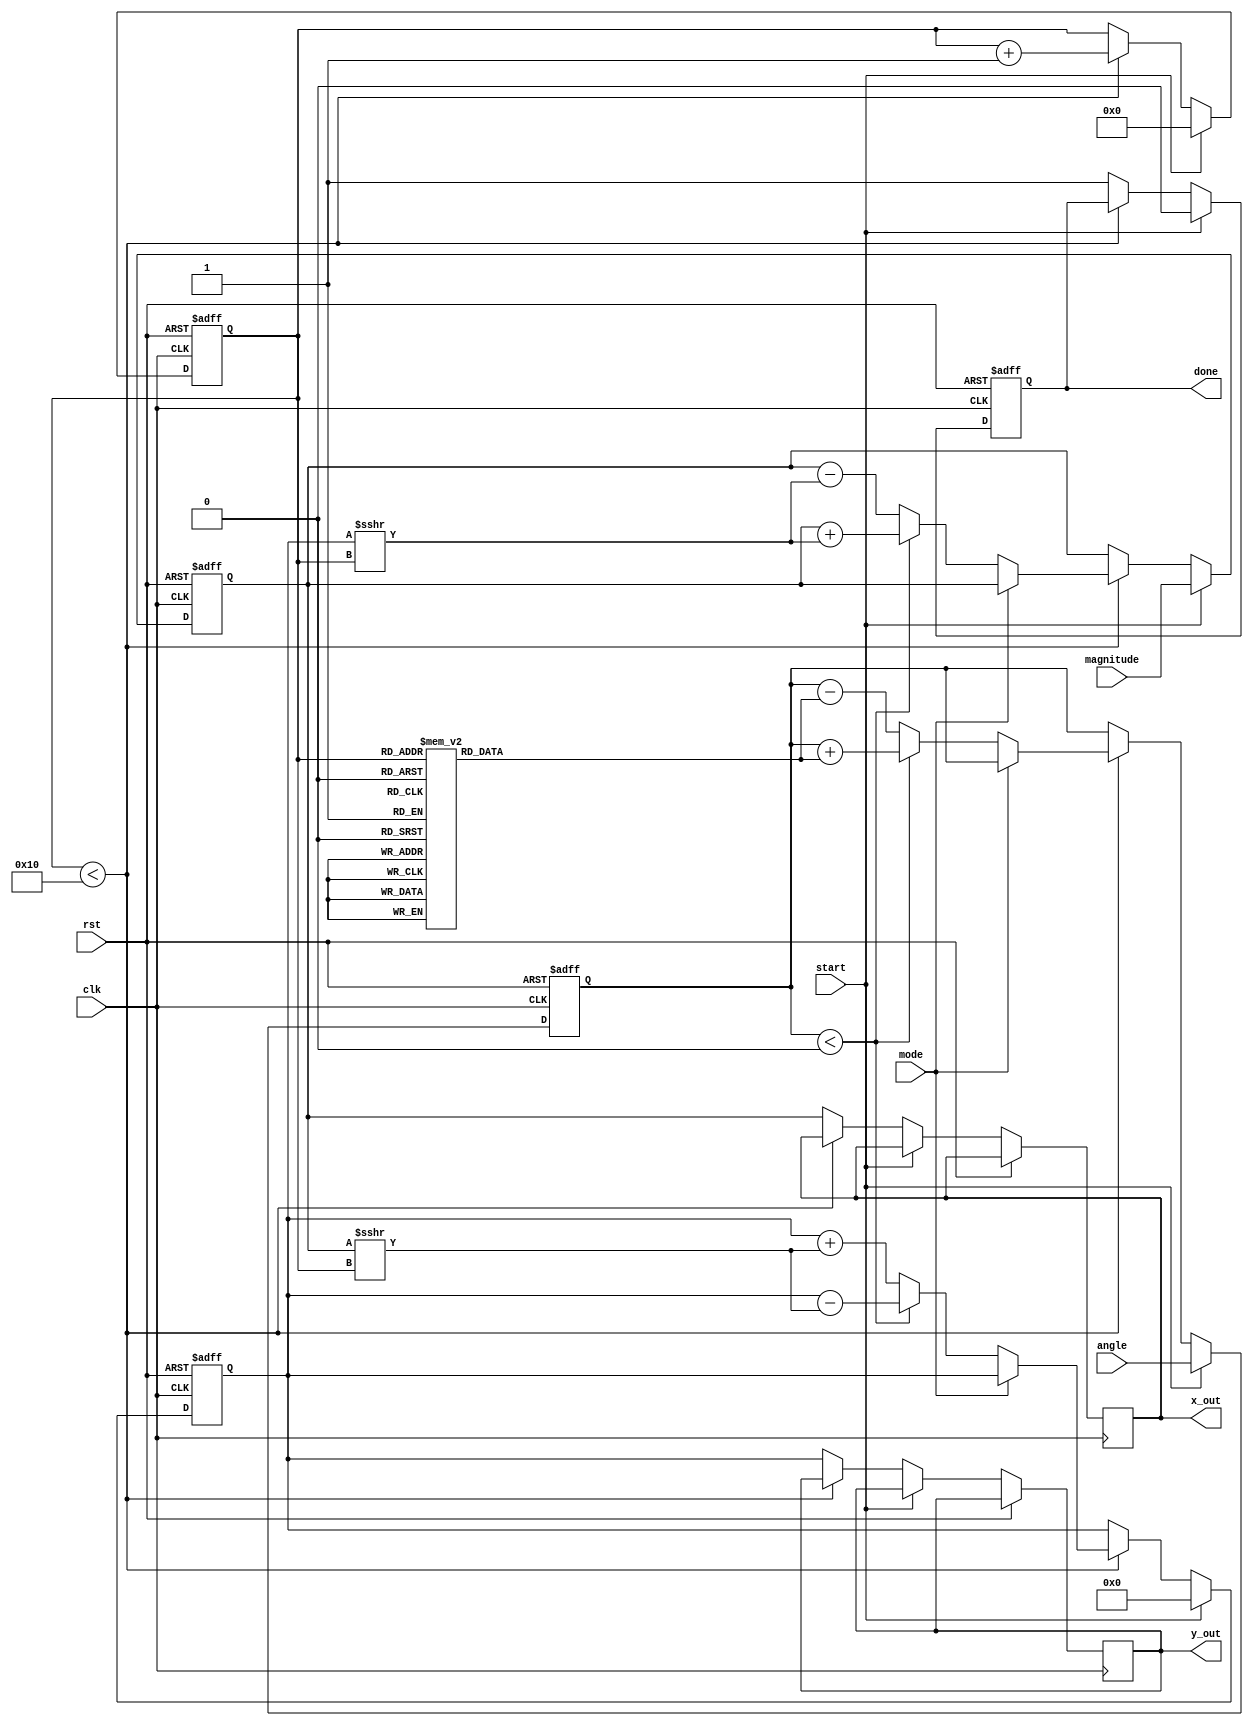
module adaptive_cordic #(
    parameter WIDTH = 16,          // Bit-width for fixed-point representation
    parameter MAX_ITERATIONS = 16  // Maximum number of iterations
)(
    input wire clk,
    input wire rst,
    input wire [WIDTH-1:0] angle,  // Input angle in fixed-point format
    input wire [WIDTH-1:0] magnitude, // Input magnitude in fixed-point format
    input wire start,               // Start signal
    input wire mode,                // Mode: 0 for rotation, 1 for vectoring
    output reg [WIDTH-1:0] x_out,   // Output x-coordinate
    output reg [WIDTH-1:0] y_out,   // Output y-coordinate
    output reg done                 // Done signal
);

    reg [WIDTH-1:0] x, y, z;        // Internal registers for coordinates and angle
    reg [3:0] iteration;             // Iteration counter
    reg [WIDTH-1:0] atan_table [0:MAX_ITERATIONS-1]; // Pre-calculated arctangent values
    reg [WIDTH-1:0] scaling_factor;  // Scaling factor for CORDIC

    // Initialize arctangent values and scaling factor
    initial begin
        // Populate atan_table with pre-calculated values
        atan_table[0] = 16'h26DD; // atan(1) in fixed-point
        atan_table[1] = 16'h1C71; // atan(1/2) in fixed-point
        // ... (Fill in other values as needed)
        scaling_factor = 16'hB505; // Example scaling factor
    end

    // CORDIC processing
    always @(posedge clk or posedge rst) begin
        if (rst) begin
            x <= 0;
            y <= 0;
            z <= 0;
            iteration <= 0;
            done <= 0;
        end else if (start) begin
            // Initialize inputs
            x <= magnitude;
            y <= 0; // Start with y=0 for rotation
            z <= angle;
            iteration <= 0;
            done <= 0;
        end else if (iteration < MAX_ITERATIONS) begin
            // CORDIC rotation logic
            if (mode == 0) begin // Rotation mode
                if (z < 0) begin
                    x <= x + (y >>> iteration);
                    y <= y - (x >>> iteration);
                    z <= z + atan_table[iteration];
                end else begin
                    x <= x - (y >>> iteration);
                    y <= y + (x >>> iteration);
                    z <= z - atan_table[iteration];
                end
            end else begin // Vectoring mode
                // Implement vectoring logic if needed
            end
            iteration <= iteration + 1;
        end else begin
            // Output results
            x_out <= x;
            y_out <= y;
            done <= 1;
        end
    end

endmodule